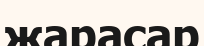
жарасар